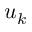
u _ { k }